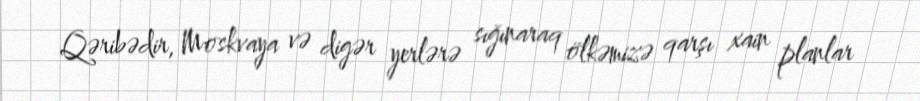
Qəribədir, Moskvaya və digər yerlərə sığınaraq ölkəmizə qarşı xain planlar